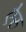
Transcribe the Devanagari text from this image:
ऐरु